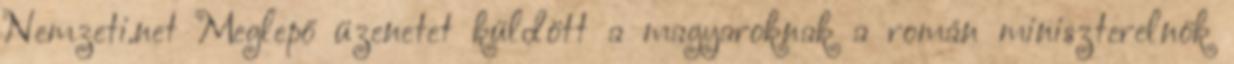
Nemzeti.net Meglepő üzenetet küldött a magyaroknak a román miniszterelnök